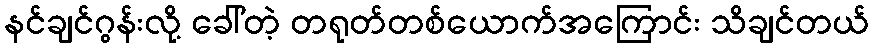
နင်ချင်ဂွန်းလို့ ခေါ်တဲ့ တရုတ်တစ်ယောက်အကြောင်း သိချင်တယ်